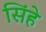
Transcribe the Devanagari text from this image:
सिंहे